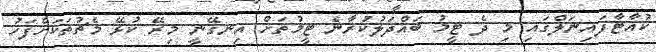
ކުއާޓާފައިނަލްގައި މި ދެ ޓީމު ބައްދަލުކުރާނެ ޓީމުތަށް އިނގޭނީ މިރޭ ކުޅޭ މެޗުތަކަށްފަހު